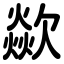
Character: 歘